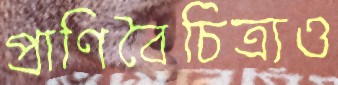
প্রাণিবৈচিত্র্যও